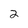
Character: 2